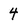
Character: 4